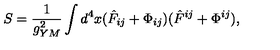
S = \frac { 1 } { g _ { Y M } ^ { 2 } } \int d ^ { 4 } x ( \hat { F } _ { i j } + \Phi _ { i j } ) ( \hat { F } ^ { i j } + \Phi ^ { i j } ) ,